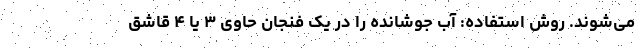
می‌شوند. روش استفاده: آب جوشانده را در یک فنجان حاوی ۳ یا ۴ قاشق